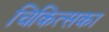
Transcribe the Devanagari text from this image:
चिकित्सका